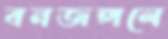
বনজঙ্গলে